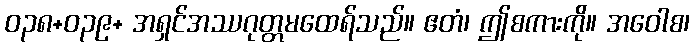
ဝ၃၈+ဝ၃၉+ အရှင်အဿဂုတ္တမထေရ်သည်။ ဧတံ၊ ဤစကားကို။ အဝေါစ၊